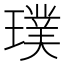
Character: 璞